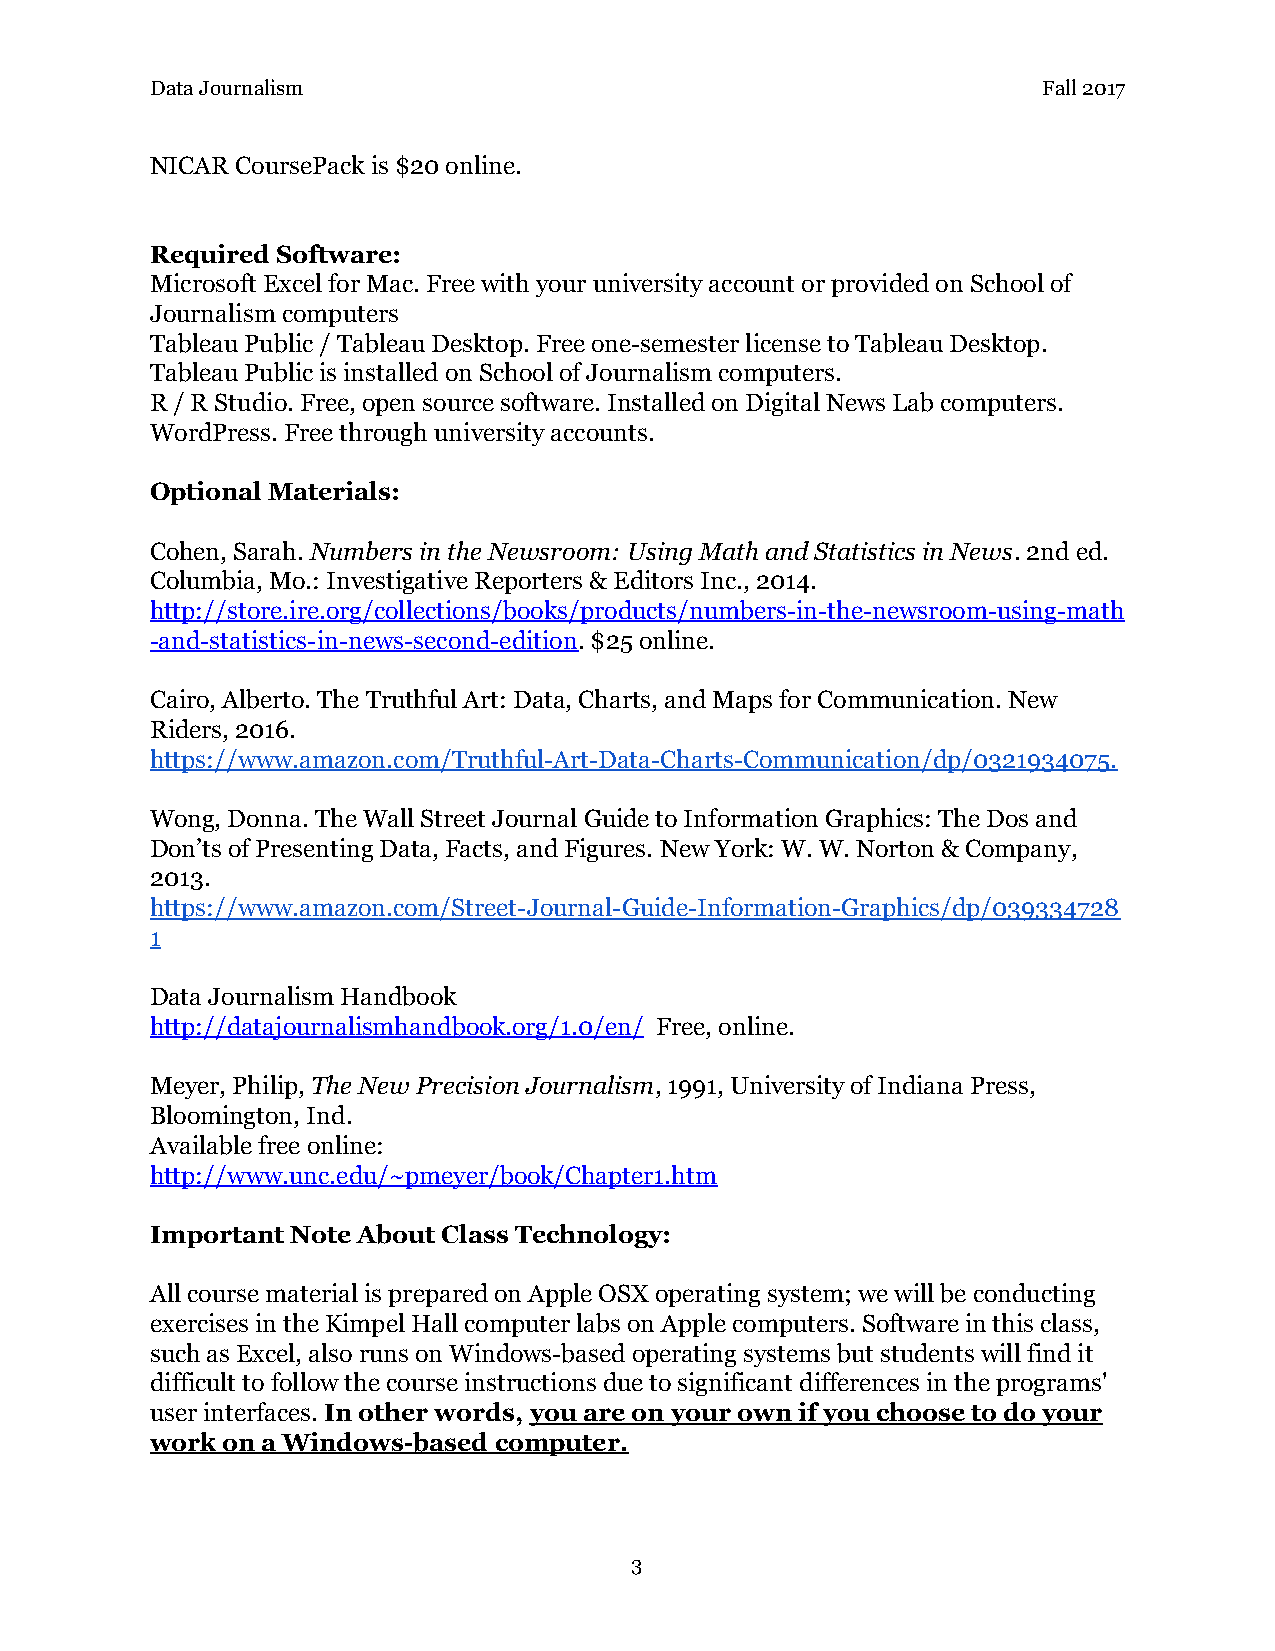
Data Journalism                                            Fall 2017
 NICAR CoursePack is $20 online.
 Required Software:
 Microsoft Excel for Mac. Free with your university account or provided on School of
 Journalism computers
 Tableau Public / Tableau Desktop. Free one-semester license to Tableau Desktop.
 Tableau Public is installed on School of Journalism computers.
 R / R Studio. Free, open source software. Installed on Digital News Lab computers.
 WordPress. Free through university accounts.
 Optional Materials:
 Cohen, Sarah. Numbers in the Newsroom: Using Math and Statistics in News. 2nd ed.
 ​                                             ​
 Columbia, Mo.: Investigative Reporters & Editors Inc., 2014.
 http://store.ire.org/collections/books/products/numbers-in-the-newsroom-using-math
 -and-statistics-in-news-second-edition. $25 online.
 ​
 Cairo, Alberto. The Truthful Art: Data, Charts, and Maps for Communication. New
 Riders, 2016.
 https://www.amazon.com/Truthful-Art-Data-Charts-Communication/dp/0321934075.
 Wong, Donna. The Wall Street Journal Guide to Information Graphics: The Dos and
 Don’ts of Presenting Data, Facts, and Figures. New York: W. W. Norton & Company,
 2013.
 https://www.amazon.com/Street-Journal-Guide-Information-Graphics/dp/039334728
 1
 Data Journalism Handbook
 http://datajournalismhandbook.org/1.0/en/ Free, online.
 ​
 Meyer, Philip, The New Precision Journalism, 1991, University of Indiana Press,
 ​                     ​
 Bloomington, Ind.
 Available free online:
 http://www.unc.edu/~pmeyer/book/Chapter1.htm
 Important Note About Class Technology:
 All course material is prepared on Apple OSX operating system; we will be conducting
 exercises in the Kimpel Hall computer labs on Apple computers. Software in this class,
 such as Excel, also runs on Windows-based operating systems but students will find it
 difficult to follow the course instructions due to significant differences in the programs'
 user interfaces. In other words, you are on your own if you choose to do your
 ​             ​
 work on a Windows-based computer.
 3